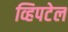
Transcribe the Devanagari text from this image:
व्हिपटेल